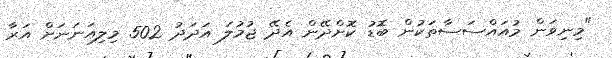
"މިނިވަން މުއައްސަސާތަކުން ބޮޑު ކޮށްދޭން އެދޭ ޖުމުލަ އަދަދު 502 މިލިއަނަނަށް އަރާ